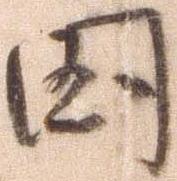
国